Report of the Indian Hemp Drugs Commission, 1894-1895 - Volume V
Year: 1894
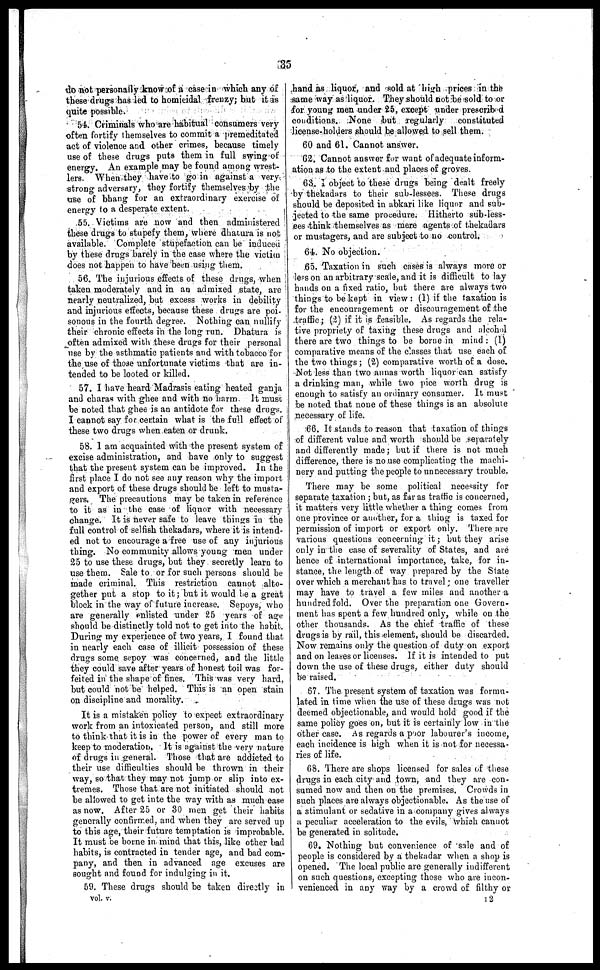
35
do not personally know of a case in which any of
these drugs has led to homicidal frenzy; but it as
quite possible.
54. Criminals who are habitual consumers very
often fortify themselves to commit a premeditated
act of violence and other crimes, because timely
use of these drugs puts them in full swing of
energy. An example may be found among wrest-
lers. When they have to go in against a very
strong adversary, they fortify themselves by the
use of bhang for an extraordinary exercise of
energy to a desperate extent.
55. Victims are now and then administered
these drugs to stupefy them, where dhatura is not
available. Complete stupefaction can be induced
by these drugs barely in the case where the victim
does not happen to have been using them.
56. The injurious effects of these drugs, when
taken moderately and in an admixed state, are
nearly neutralized, but excess works in debility
and injurious effects, because these drugs are poi-
sonous in the fourth degree. Nothing can nullify
their chronic effects in the long run. Dhatura is
often admixed with these drugs for their personal
use by the asthmatic patients and with tobacco for
the use of those unfortunate victims that are in-
tended to be looted or killed.
57. I have heard Madrasis eating heated ganja
and charas with ghee and with no harm. It must
be noted that ghee is an antidote for these drugs.
I cannot say for certain what is the full effect of
these two drugs when eaten or drunk.
58. 1 am acquainted with the present system of
excise administration, and have only to suggest
that the present system can be improved. In the
first place I do not see any reason why the import
and export of these drugs should be left to musta-
gers. The precautions may be taken in reference
to it as in the case of liquor with necessary
change. It is never safe to leave things in the
full control of selfish thekadars, where it is intend-
ed not to encourage a free use of any injurious
thing. No community allows young men under
25 to use these drugs, but they secretly learn to
use them. Sale to or for such persons should be
made criminal. This restriction cannot alto-
gether put a stop to it ; but it would be a great
block in the way of future increase. Sepoys, who
are generally enlisted under 25 years of age
should be distinctly told not to get into the habit.
During my experience of two years, I found that
in nearly each case of illicit possession of these
drugs some sepoy was concerned, and the little
they could save after years of honest toil was for-
feited in the shape of fines. This was very hard,
but could not be helped. This is an open stain
on discipline and morality.
It is a mistaken policy to expect extraordinary
work from an intoxicated person, and still more
to think that it is in the power of every man to
keep to moderation. It is against the very nature
of drugs in general. Those that are addicted to
their use difficulties should be thrown in their
way, so that they may not jump or slip into ex-
tremes. Those that are not initiated should not
be allowed to get inte the way with as much ease
as now. After 25 or 30 men get their habits
generally confirmed, and when they are served up
to this age, their future temptation is improbable.
It must be borne in mind that this, like other bad
habits, is contracted in tender age, and bad com-
pany, and then in advanced age excuses are
sought and found for indulging in it.
59. These drugs should be taken directly in
vol. v.
hand as liquor, and sold at high prices in the
same way as liquor. They should not be sold to or
for young men under 25, except under prescribed
conditions. None but regularly
constituted
license-holders should be allowed to sell them.
60 and 61. Cannot answer.
62. Cannot answer for want of adequate inform-
ation as to the extent and places of groves.
63. I object to these drugs being dealt freely
by thekadars to their sub-lessees. These drugs
should be deposited in abkari like liquor and sub-
jected to the same procedure. Hitherto sub-less-
ees think themselves as mere agents of thekadars
or mustagers, and are subject to no control.
64. No objection.
65. Taxation in such cases is always more or
less on an arbitrary scale, and it is difficult to lay
hands on a fixed ratio, but there are always two
things to be kept in view: (1) if the taxation is
for the encouragement or discouragement of the
traffic ; (2) if it is feasible. As regards the rela-
tive propriety of taxing these drugs and alcohol
there are two things to be borne in mind : (1)
comparative means of the classes that use each of
the two things ; (2) comparative worth of a dose.
Not less than two annas worth liquor can satisfy
a drinking man, while two pice worth drug is
enough to satisfy an ordinary consumer. It must
be noted that none of these things is an absolute
necessary of life.
66. It stands to reason that taxation of things
of different value and worth should be separately
and differently made; but if there is not much
difference, there is no use complicating the machi-
nery and putting the people to unnecessary trouble.
There may be some political necessity for
separate taxation ; but, as far as traffic is concerned,
it matters very little whether a thing comes from
one province or another, for a thing is taxed for
permission of import or export only. There are
various questions concerning it ; but they arise
only in the ease of severality of States, and are
hence of international importance, take, for in-
stance, the length of way prepared by the State
over which a merchant has to travel one traveller
may have to travel a few miles and another a
hundred fold. Over the preparation one Govern-
ment has spent a few hundred only, while on the
other thousands. As the chief traffic of these
drugs is by rail, this element, should be discarded.
Now remains only the question of duty on export
and on leases or licenses. If it is intended to put
down the use of these drugs, either duty should
be raised.
67. The present system of taxation was formu-
lated in time when the use of these drugs was not
deemed objectionable, and would hold good if the
same policy goes on, but it is certainly low in the
other case. As regards a poor labourer's income,
each incidence is high when it is not for necessa-
ries of life.
68. There are shops licensed for sales of these
drugs in each city and town, and they are con-
sumed now and then on the premises. Crowds in
such places are always objectionable. As the use of
a stimulant or sedative in a company gives always
a peculiar acceleration to the evils, which cannot
be generated in solitude.
69. Nothing but convenience of sale and of
people is considered by a thekadar when a shop is
opened. The local public are generally indifferent
on such questions, excepting those who are incon-
venienced in any way by a crowd of filthy or
12